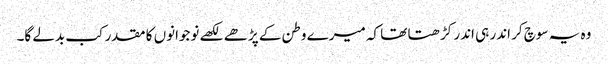
وہ یہ سوچ کر اندر ہی اندر کڑھتا تھا کہ میرے وطن کے پڑھے لکھے نوجوانوں کا مقدر کب بدلے گا۔